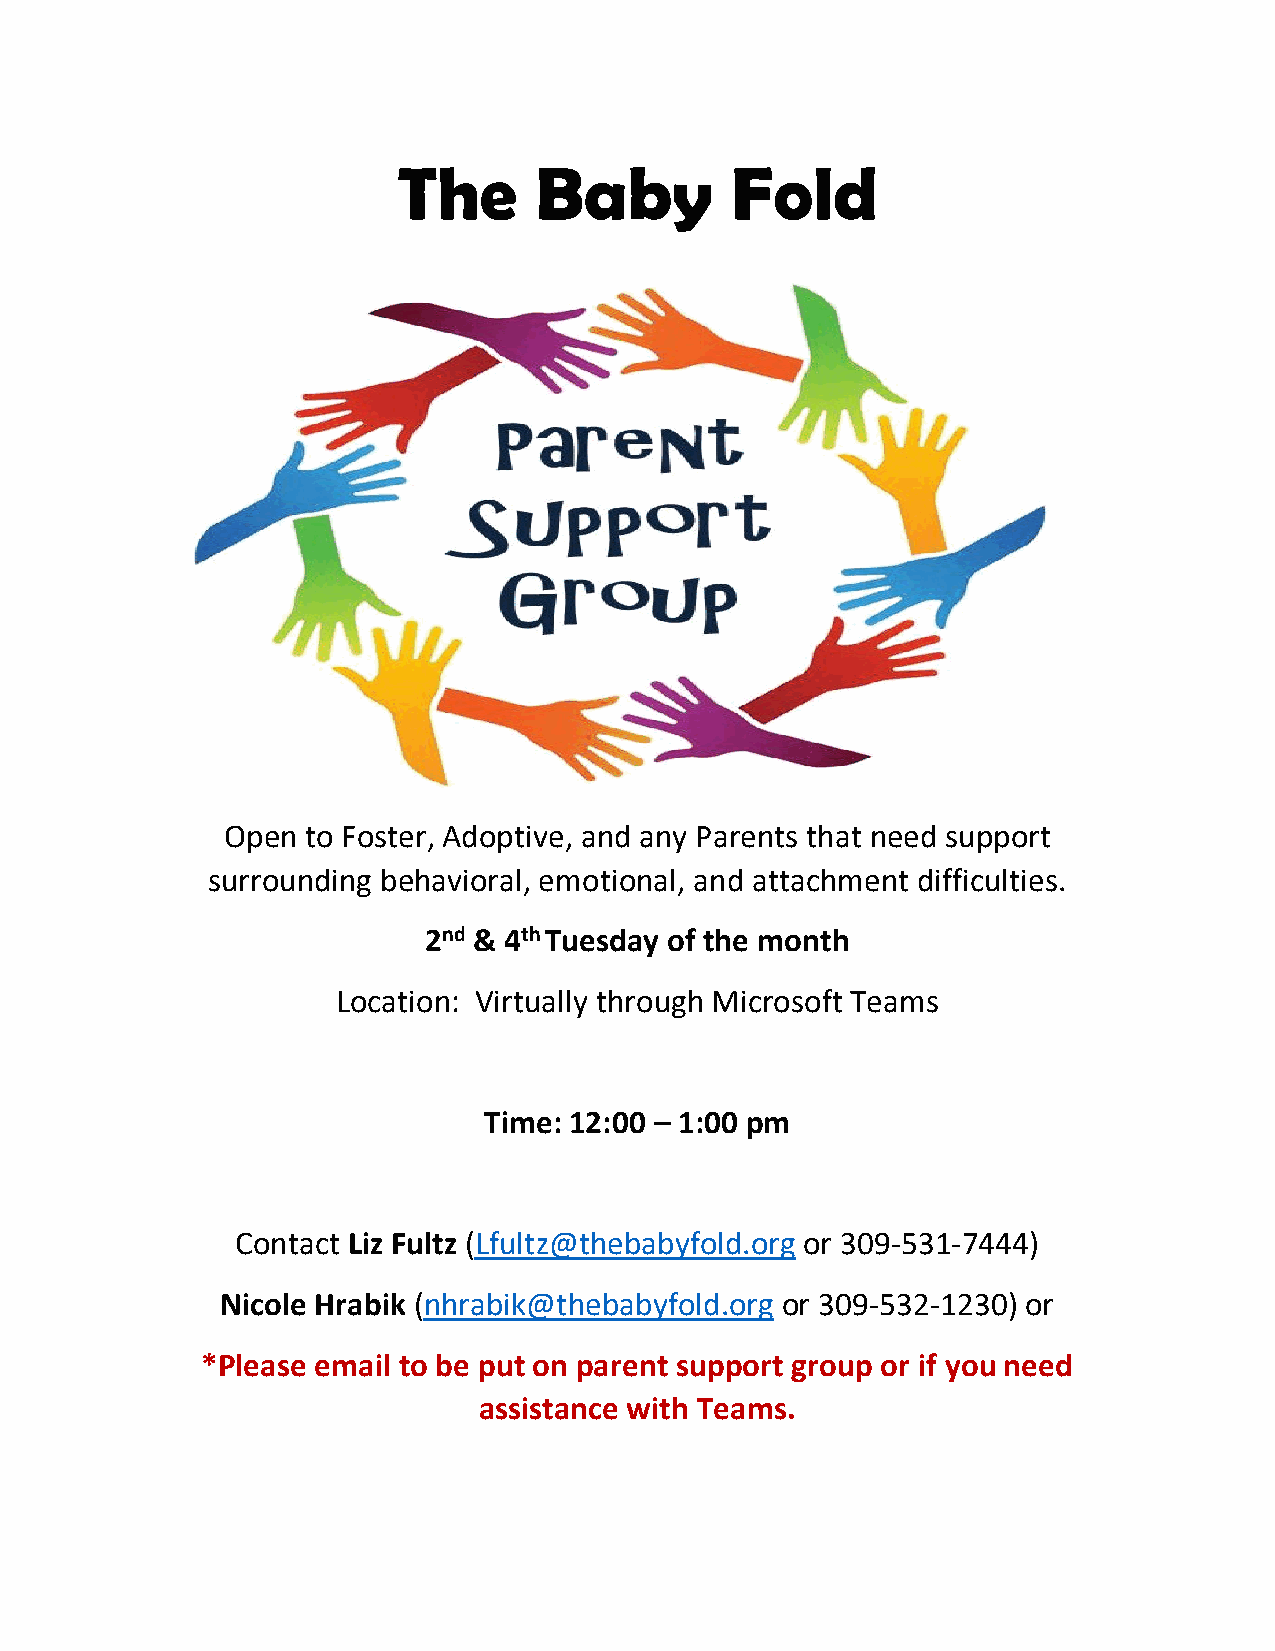
The      Baby         Fold
 Open to Foster, Adoptive, and any Parents that need support
 surrounding behavioral, emotional, and attachment difficulties.
 2nd & 4th Tuesday of the month
 Location: Virtually through Microsoft Teams
 Time: 12:00 – 1:00 pm
 Contact Liz Fultz (Lfultz@thebabyfold.org or 309-531-7444)
 Nicole Hrabik (nhrabik@thebabyfold.org or 309-532-1230) or
 *Please email to be put on parent support group or if you need
 assistance with Teams.